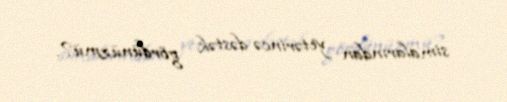
simalarından yetərincə dəstək gördünüzmü?.